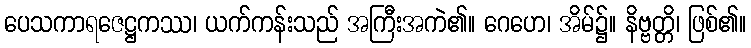
ပေသကာရဇေဋ္ဌကဿ၊ ယက်ကန်းသည် အကြီးအကဲ၏။ ဂေဟေ၊ အိမ်၌။ နိဗ္ဗတ္တိ၊ ဖြစ်၏။